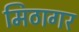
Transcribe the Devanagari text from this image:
मिठागर